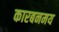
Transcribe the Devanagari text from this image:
कारबनमय